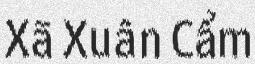
Xã Xuân Cẩm